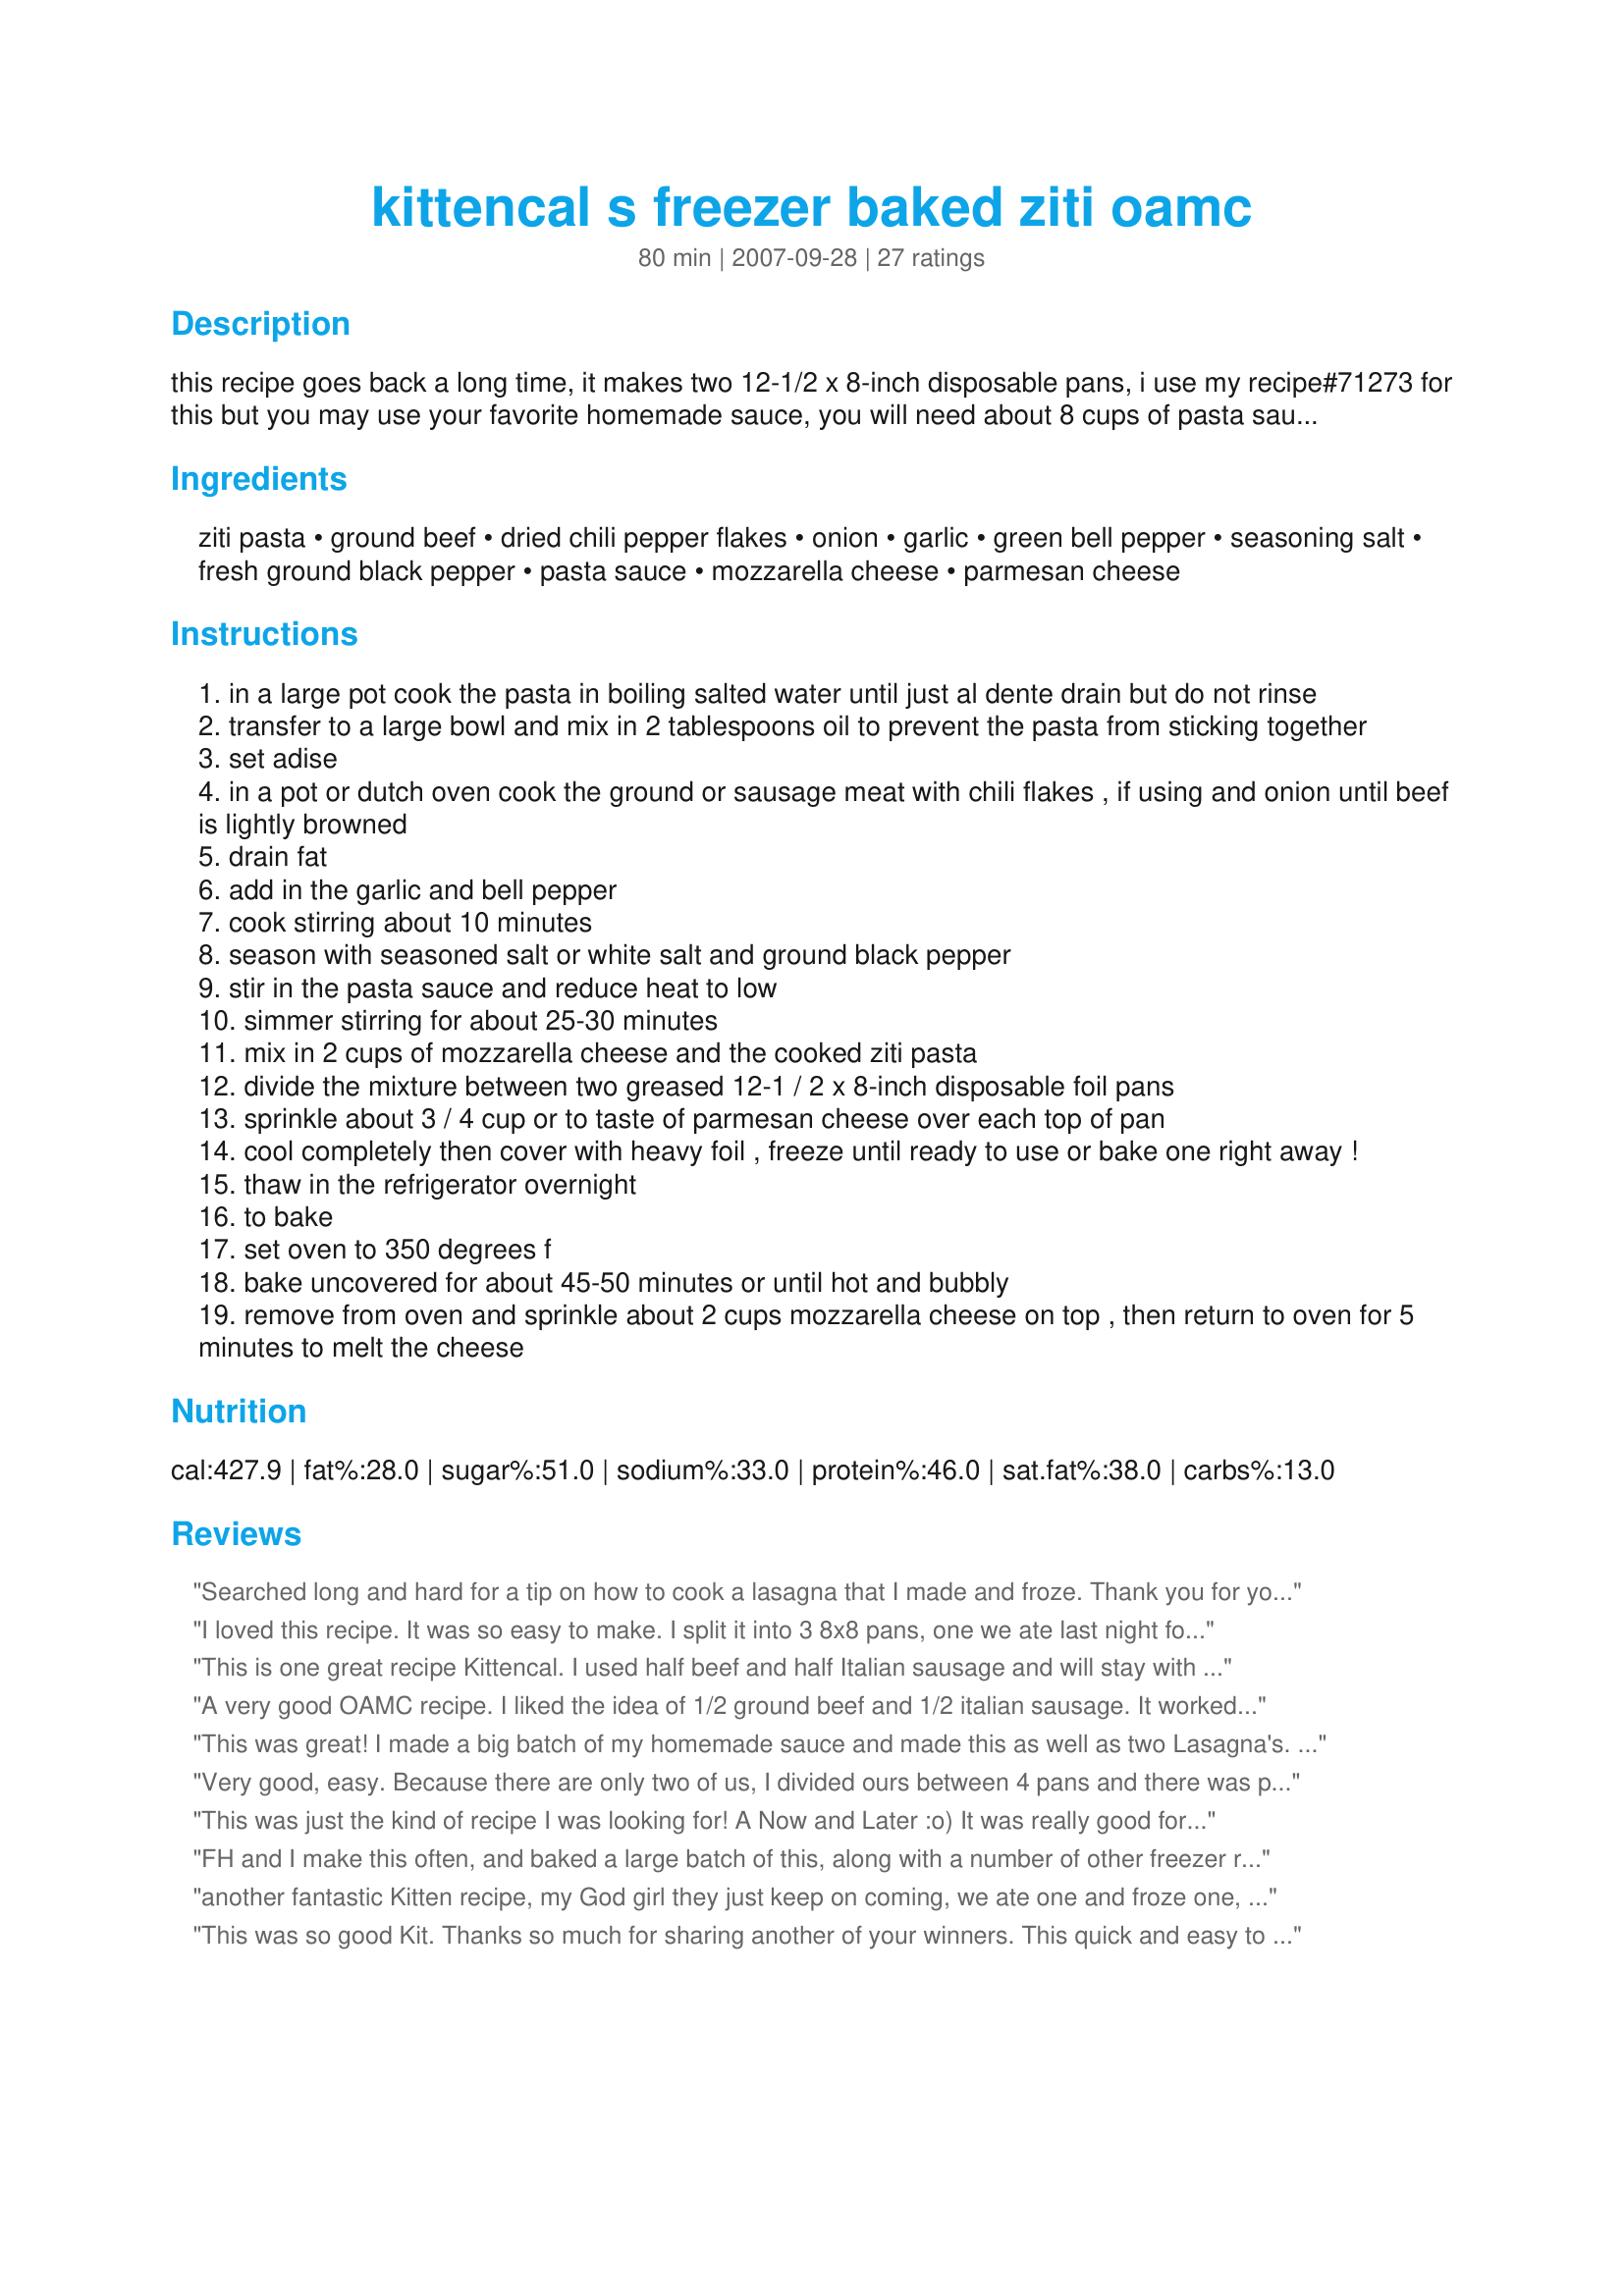
kittencal s freezer baked ziti oamc
Preparation time: 80 minutes

this recipe goes back a long time, it makes two 12-1/2 x 8-inch disposable pans, i use my recipe#71273 for this but you may use your favorite homemade sauce, you will need about 8 cups of pasta sauce or a little more if desired, chili flakes is only optional i like to add them in for some heat, you may adjust the amount to suit your taste or omit --- make certain to leave the frozen pan in the refrigerator overnight to thaw slightly before baking, and you will need about 2 cups of mozzarella cheese for the top after baking, this makes the perfect potluck meal and you also get to enjoy one pan :)

Ingredients:
ziti pasta, ground beef, dried chili pepper flakes, onion, garlic, green bell pepper, seasoning salt, fresh ground black pepper, pasta sauce, mozzarella cheese, parmesan cheese

Steps:
in a large pot cook the pasta in boiling salted water until just al dente drain but do not rinse
transfer to a large bowl and mix in 2 tablespoons oil to prevent the pasta from sticking together
set adise
in a pot or dutch oven cook the ground or sausage meat with chili flakes , if using and onion until beef is lightly browned
drain fat
add in the garlic and bell pepper
cook stirring about 10 minutes
season with seasoned salt or white salt and ground black pepper
stir in the pasta sauce and reduce heat to low
simmer stirring for about 25-30 minutes
mix in 2 cups of mozzarella cheese and the cooked ziti pasta
divide the mixture between two greased 12-1 / 2 x 8-inch disposable foil pans
sprinkle about 3 / 4 cup or to taste of parmesan cheese over each top of pan
cool completely then cover with heavy foil , freeze until ready to use or bake one right away !
thaw in the refrigerator overnight
to bake
set oven to 350 degrees f
bake uncovered for about 45-50 minutes or until hot and bubbly
remove from oven and sprinkle about 2 cups mozzarella cheese on top , then return to oven for 5 minutes to melt the cheese

Reviews:
Searched long and hard for a tip on how to cook a lasagna that I made and froze. Thank you for your detailed instructions. I told my husband that you were always very good with necessary details. Thanks for always posting good quality recipes and tips.
I loved this recipe. It was so easy to make. I split it into 3 8x8 pans, one we ate last night for dinner and the other two were frozen for later cooking. I used my own spaghetti sauce with 1/2 ground beef and half sausage. I added the cheese about halfway through, that is a personal choice, I like when the cheese gets brown and makes a crust. I had a problem with some of the ziti burning or getting to crispy. When I bake the remaining pans I will leave them covered for the first half of baking then remove the foil when I add the cheese. Ketencal, thanks for a great recipe. It was a huge hit at our house. I have since made this dish a second time. By using extra lean ground beef, lean turkey sausage, and part skim mozzarella I was able to reduce the fat in the dish.
This is one great recipe Kittencal. I used half beef and half Italian sausage and will stay with that. I got 3, 8X8 pans. I served it a with caesar salad and crusty rolls, the makings for a wonderful meal..Loved it,loved it and look forward to making it for visitors. Another great recipe from Kittencal.
A very good OAMC recipe. I liked the idea of 1/2 ground beef and 1/2 italian sausage. It worked very well. I used 2 regular size jars of sauce plus a can large can of diced tomatoes and increased the pasta to 1 and 1/2 boxes. I especially love that we didn't order take out tonight because I had this in the fridge.
This was great! I made a big batch of my homemade sauce and made this as well as two Lasagna's. I froze these right away and took one out last week. Everyone loved it! Which never happens. My oven runs hot and some of the noodles got a little crisp, so next time I may leave it covered for some of the baking time.
Very good, easy. Because there are only two of us, I divided ours between 4 pans and there was plenty. Thanks Kit for another great recipe! Made for 1-2-3 Hit Wonders game.
This was just the kind of recipe I was looking for! A Now and Later :o) It was really good for dinner that night and the other one is waiting in the freezer for one of our hectic days! Thanks so much!
FH and I make this often, and baked a large batch of this, along with a number of other freezer recipes, for his brother, and his FW who recently had a baby. This was so easy to make, and throw together, which was exactly what we were looking for. Tastes wonderful baked right away, or later! FIL's LOVED it, and have asked that next time we visit, we spend an afternoon with them to make more OAMC meals to save them time, to allow them to spend more time with their beautiful new son.
another fantastic Kitten recipe, my God girl they just keep on coming, we ate one and froze one, I can't wait to have it again, you rock and so do your recipes Kit, thank you.
This was so good Kit. Thanks so much for sharing another of your winners. This quick and easy to make recipe...rocks. I scaled the recipe down and made one pan of baked ziti. It was wonderful, I used a combination of lean ground beef and hot & spicy italian sausage, extra chili pepper flakes and sweet red peppers. The cheeses in this dish are so tasty, filling and very comforting. It was even better the next day. I'll be making this tasty dish often during the long cold winter.
THis AMAZING!!! i keep one and give one to someone whos having a hard time. They always want the recipe!!
Good hearty meal for a cold night! I used canned 4-cheese pasta sauce and it turned out pretty good. I do want to try your homemade sauce recipe sometime this winter though. Hubby gets kinda picky and if it's the least bit bland, he'll tell me not to make it again, but he said I could add this to our regular rotation, which means you get a thumbs up in his eyes too! Thanks for a yummy dinner idea!
I've been making this recipe for months and have had success every time. I freeze it in ziploc freezer bags and dump into a casserole dish to bake it. This is a life-saver on busy days, and one that my family always begs for. SLURP!
Whipped up a batch of this last weekend and threw it in the freezer. I'm new to this whole OAMC thing but I must say, I had no idea what to do with my time after work not having to make dinner. :) The flavors were wonderful. Served with a side salad and some crusty bread and had a great meal ready in no time. Leftovers were great warmed up for lunch the next day too. Thanks Kitten.
I cut the recipe in half and I used a new sausage that was ground chicken with apple and maple syrup since hubby can't eat reg sausage. I followed the recipe using a can of Hunt's Spagetti Sauce. I worried about the taste of maple syrup but it did'nt overpower the sauce or pasta. This was wonderful!!!!!
LOVED this!!!! I used my homemade spaghetti sauce with ground beef and pepperoni in it. We are adding this into our OAMC rotation! My hubby LOVES it! Thanks for another wonderful recipe, Kittencal!
What a great freezer recipe. I love that it makes two of them. Family loved it and will definatly make again. Next time may not use as much of the dried chili pepper flakes they pack a punch. Thank you for shareing this wonderful recipe.
Love this recipe! I halved it this time but will appreciate doubling it for OAMC in the future. I did not add any extra mozzarella to the top because my DH doesn't like cheese if it's obvious. I did include it in the mixture, though. ;-) I also omitted the gr. pepper due to famiy preference. I did opt for the crushed red pepper and am glad I did. It adds a nice little kick - not too much.
Delicious meal and a great OAMC choice!! Thank you!
Another Kitten winner! Made exactly as written. This is superb. My son had three helpings the first time I made it. Very good!
This was awesome! We skipped the 25-30 minutes simmering and just baked one right away and froze the other. We will definitely make this again!!
Made this one night when we were craving italian! Invited the neighbors over for dinner. This was enjoyed by all! Fast, easy and convenient! They begged to take some home for lunch the next day! I added slices of provolone cheese in between the pasta....gooey and yummy! Had to give them the recipe too! I love that it makes two portions and you can freeze some for a dinner another night! Thanks for posing Kitten!
This recipe made three eight inch square casseroles for me. I used sausage. When cooking I covered the pan lightly with foil for 40 minutes, uncovered and sprinkled with cheese, cooked another 10 minutes. Froze great, tasted great, someone even 'stole' one out of my freezer! Thanks for an excellent OAMC recipe.
Loved this recipe. Our son gave us a pound of antelope italian sausage and I didn&#039;t know how I was going to use it. It worked great in this recipe. I used half sausage and half gr. beef, 2 jars of Prego and a can of petite diced tomatoes, left out the green pepper (doesn&#039;t agree with me), was generous with the garlic and covered it for the first 25 minutes. The family thought it was wonderful and want to make sure that I don&#039;t lose the recipe. Thanks for posting!
Wow! So yummy. We used Prego sauce and mixed 1lb Italian sausage and 1 lb hamburger.
I used 1 lb. of ground meat and 1 lb. of Italian sausage and for the pasta sauce I used Emeril's Kicked Up Tomato. It was fantastic! The second pan for my freezer left with one my kids. Thanks Kit for a great Italian dish.
This is a keeper, especially now that my kids are in sports and I need recipes I can cook ahead and make extra to freeze. I used half ground beef and half hot italian sausage. I also doubled the recipe. Yum!
This is really yummy. I love the bell peppers, pepper flakes and sausage in there; they really zip it up (but not too hot). I use half sausage and half ground beef. I also add about 50% more pasta to make it a little less saucy (it's still really saucy!) and I also mix my pasta sauce about 2/3 jarred pasta sauce with about 1/3 diced tomatoes to make it a bit fresher tasting. This is really a keeper. Thanks!
